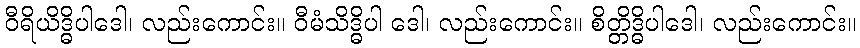
ဝီရိယိဒ္ဓိပါဒေါ၊ လည်းကောင်း။ ဝီမံသိဒ္ဓိပါ ဒေါ၊ လည်းကောင်း။ စိတ္တိဒ္ဓိပါဒေါ၊ လည်းကောင်း။